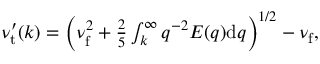
\begin{array} { r } { \nu _ { \mathrm { t } } ^ { \prime } ( k ) = \left( \nu _ { \mathrm { f } } ^ { 2 } + \frac { 2 } { 5 } \int \displaylimits _ { k } ^ { \infty } q ^ { - 2 } E ( q ) \mathrm { d } q \right) ^ { 1 / 2 } - \nu _ { \mathrm { f } } , } \end{array}